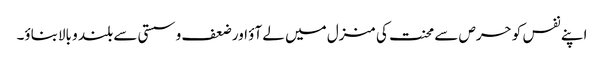
اپنے نفس کو حرص سے محنت کی منزل میں لے آؤ اور ضعف و سستی سے بلند و بالابناؤ۔